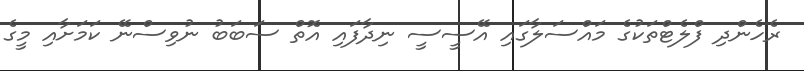
ރެހެންދި ފްލެޓްތަކުގެ މައްސަލާގައި އޭސީސީ ނިދާފައި އޮތް ސަބަބު ނުވިސްނޭ ކަމަށާއި މީގެ